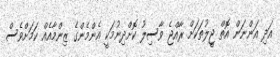
އަދި އަންނަން އޮތް ޖީލުތަކަށް ރާއްޖެ ވާސިލު ކޮށްދިނުމަކީ އެންމެންގެ ޒިންމާއެއް ކަމަށްވެސް